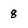
Character: 8